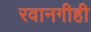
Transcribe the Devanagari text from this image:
रवानगीही